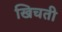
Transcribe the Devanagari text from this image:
खिचती